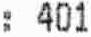
: 401